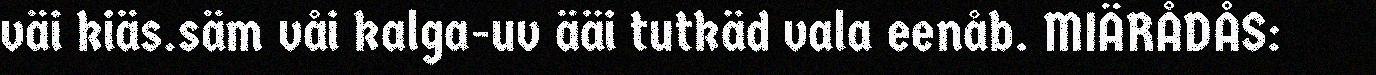
väi kiäs.säm våi kalga-uv ääi tutkäd vala eenåb. MIÄRÅDÅS: